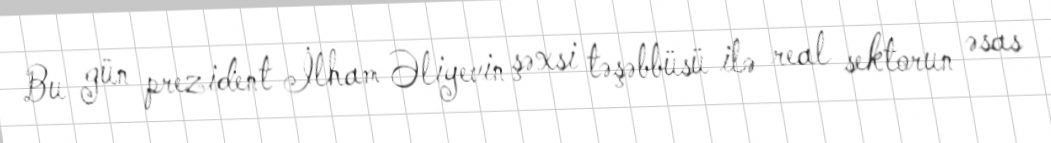
Bu gün prezident İlham Əliyevin şəxsi təşəbbüsü ilə real sektorun əsas